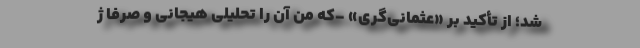
شد؛ از تأکید بر «عثمانی‌گری» -که من آن را تحلیلی هیجانی و صرفاً ژ